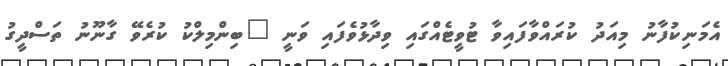
އެމަނިކުފާނު މިއަދު ކުރައްވާފައިވާ ޓުވީޓެއްގައި ވިދާޅުވެފައި ވަނީ "ބިންމިލްކު ކުރެވޭ ގާނޫނު ތަސްދީގު